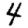
Digit: 4